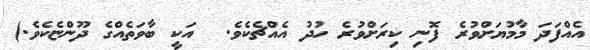
އެއްފަދަ މާމުޔަށްވުރެ ފޮނި ކިރަށްވުރެ ހުދު އެއްޗެކެވެ.  އަކީ ބާވަތެއްގެ ދޫންޏެކެވެ.)